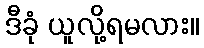
ဒီခုံ ယူလို့ရမလား။